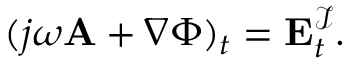
\begin{array} { r } { ( j \omega \mathbf { A } + \nabla \Phi ) _ { t } = \mathbf { E } _ { t } ^ { \mathcal { I } } . } \end{array}